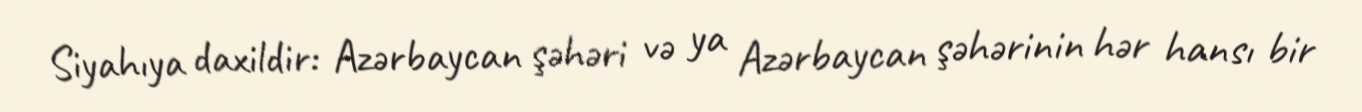
Siyahıya daxildir: Azərbaycan şəhəri və ya Azərbaycan şəhərinin hər hansı bir